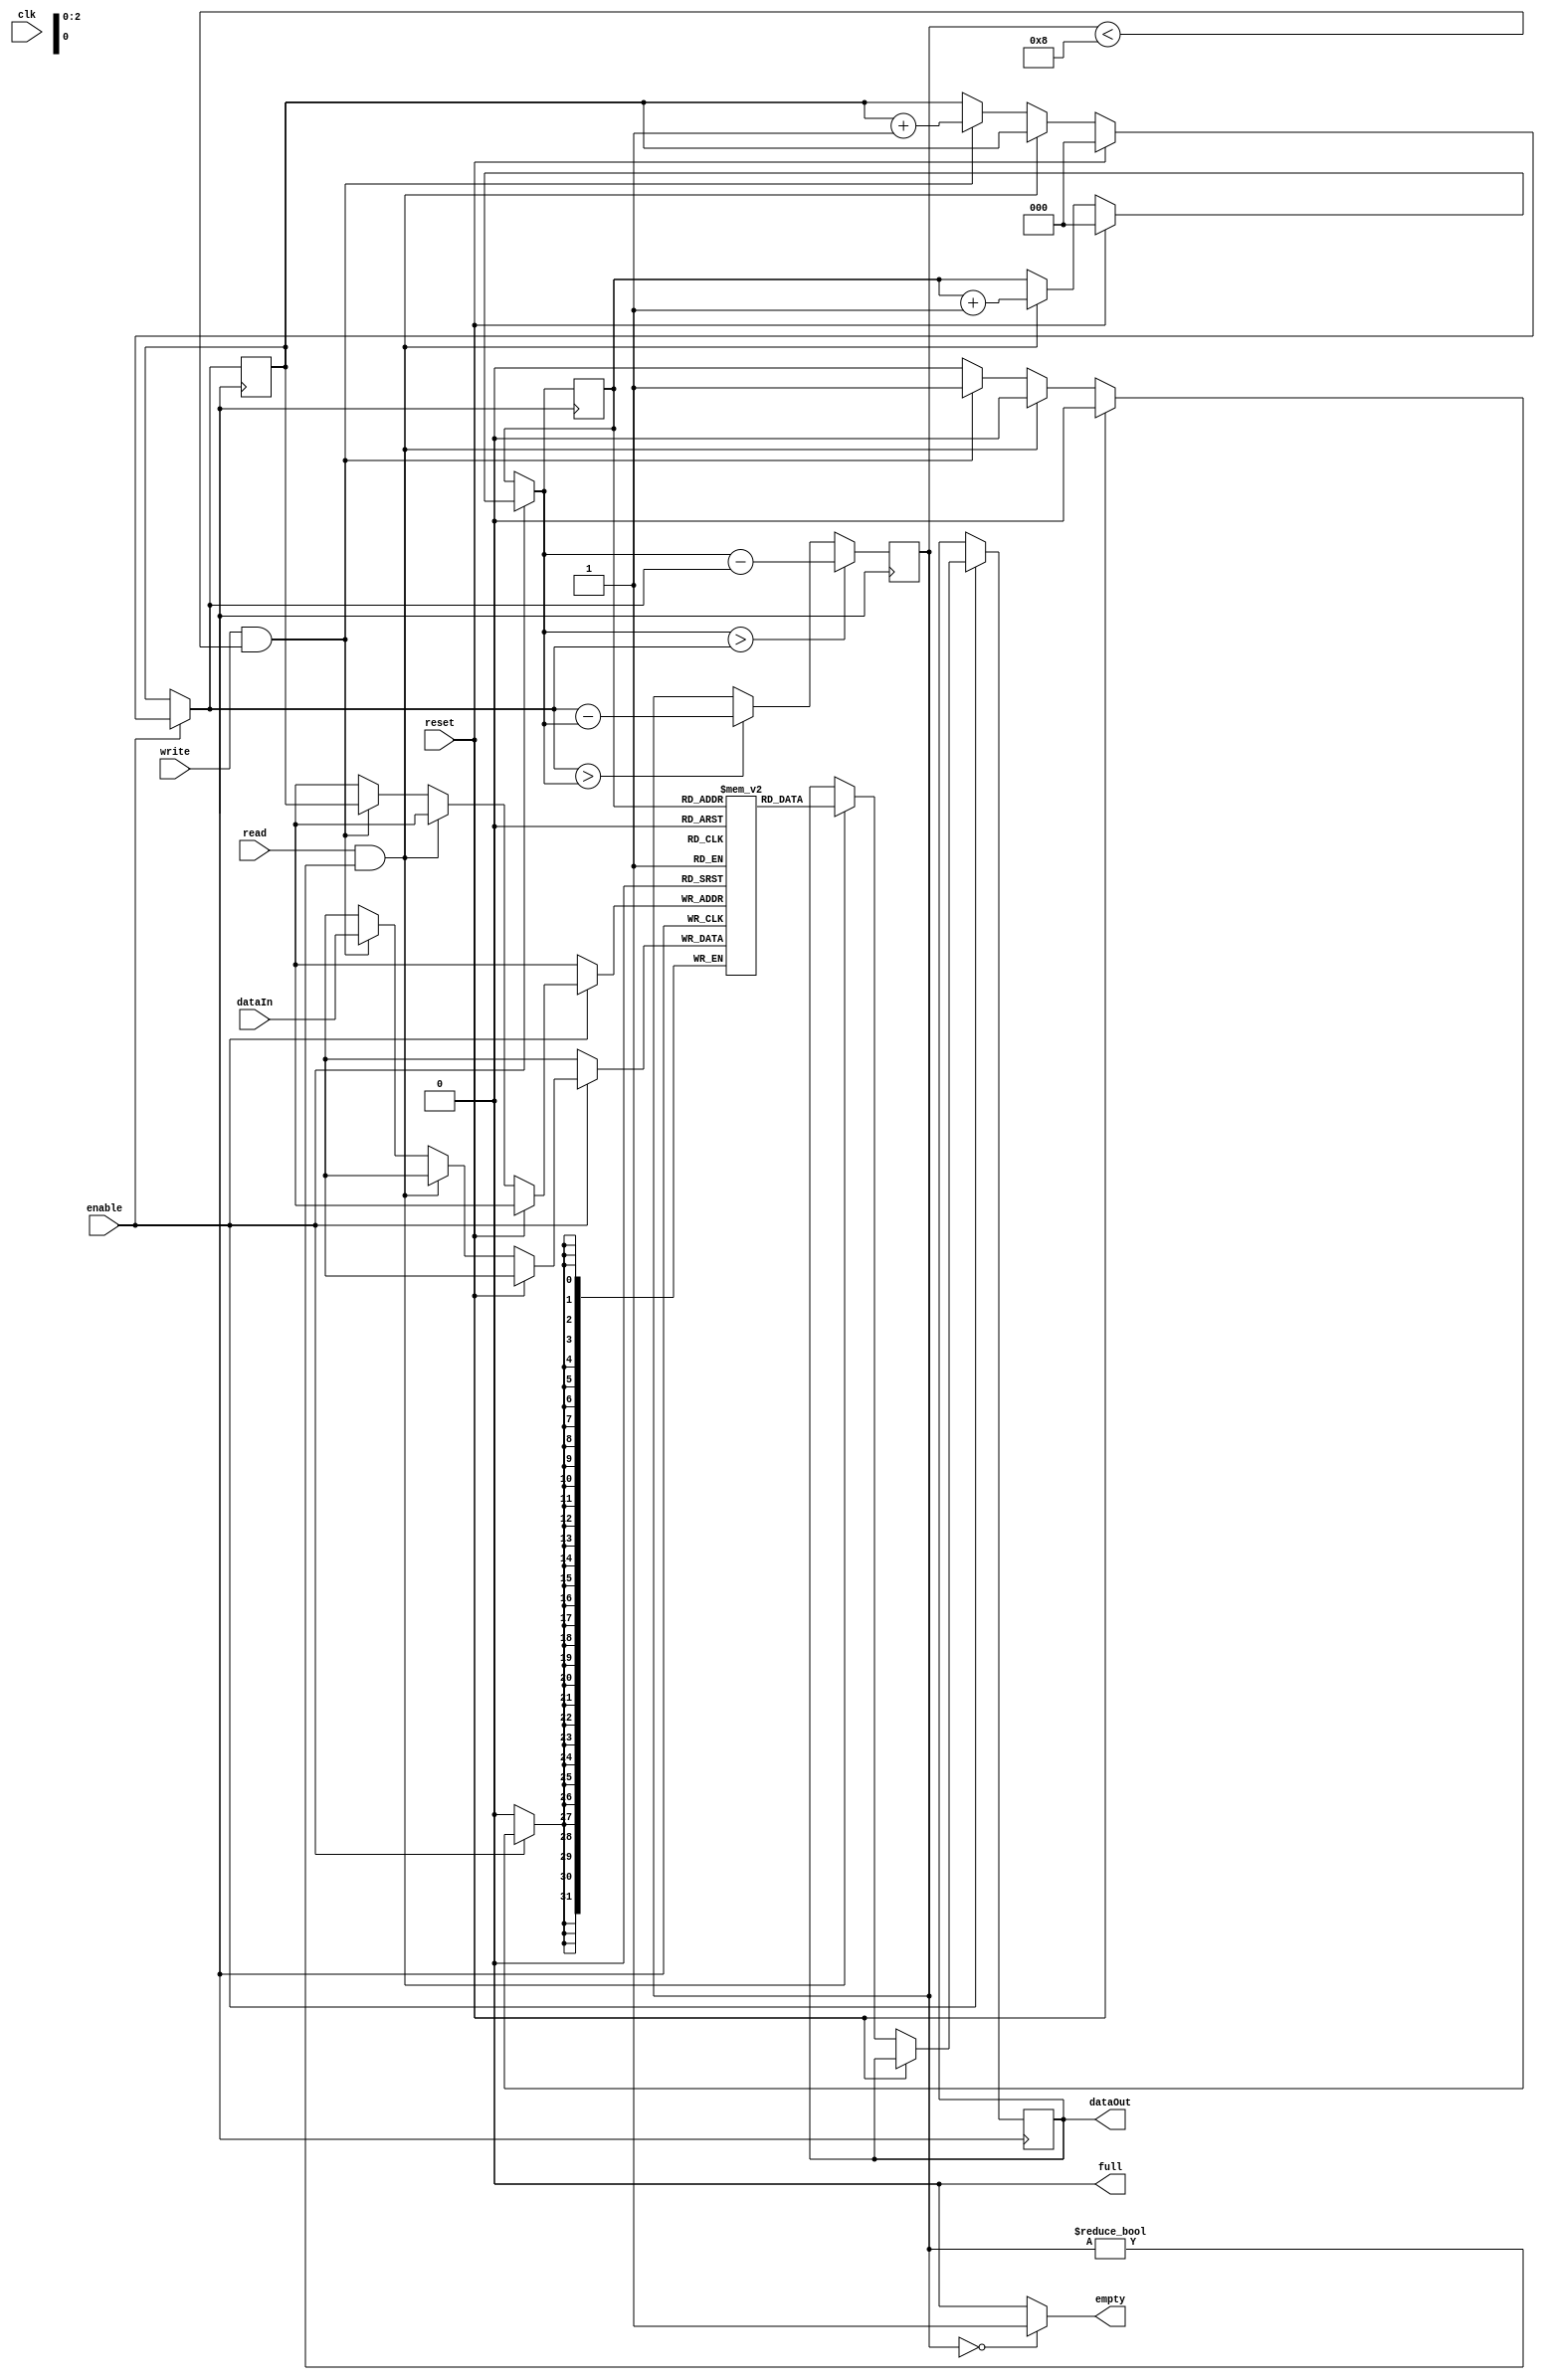
module fifo_buffer( clk, dataIn, read, write, enable, dataOut, reset, empty, full); 
input  clk, read, write, enable, reset;
output  empty, full;
input  [31:0]    dataIn;
output reg [31:0] dataOut; 
reg [2:0] Count = 0; 
reg [31:0] FIFO [0:7]; 
reg [2:0] readCounter = 0, writeCounter = 0; 
assign empty = (Count==0)? 1'b1:1'b0; 
assign full = (Count==8)? 1'b1:1'b0; 
always @ (posedge Clk) 
begin 
 if (enable==0); 
 else begin 
  if (reset) begin 
   readCounter = 0; 
   writeCounter = 0; 
  end 
  else if (read ==1'b1 && Count!=0) begin 
   dataOut  = FIFO[readCounter]; 
   readCounter = readCounter+1; 
  end 
  else if (write==1'b1 && Count<8) begin
   FIFO[writeCounter]  = dataIn; 
   writeCounter  = writeCounter+1; 
  end 
  else; 
 end 
 if (writeCounter==8) 
  writeCounter=0; 
 else if (readCounter==8) 
  readCounter=0; 
 else;
 if (readCounter > writeCounter) begin 
  Count=readCounter-writeCounter; 
 end 
 else if (writeCounter > readCounter) 
  Count=writeCounter-readCounter; 
 else;
end 
endmodule